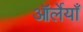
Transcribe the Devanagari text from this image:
ऑर्लेयाँ